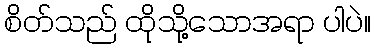
စိတ်သည် ထိုသို့သောအရာ ပါပဲ။